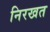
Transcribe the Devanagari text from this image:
निरखत